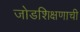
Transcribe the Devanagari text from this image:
जोडशिक्षणाची